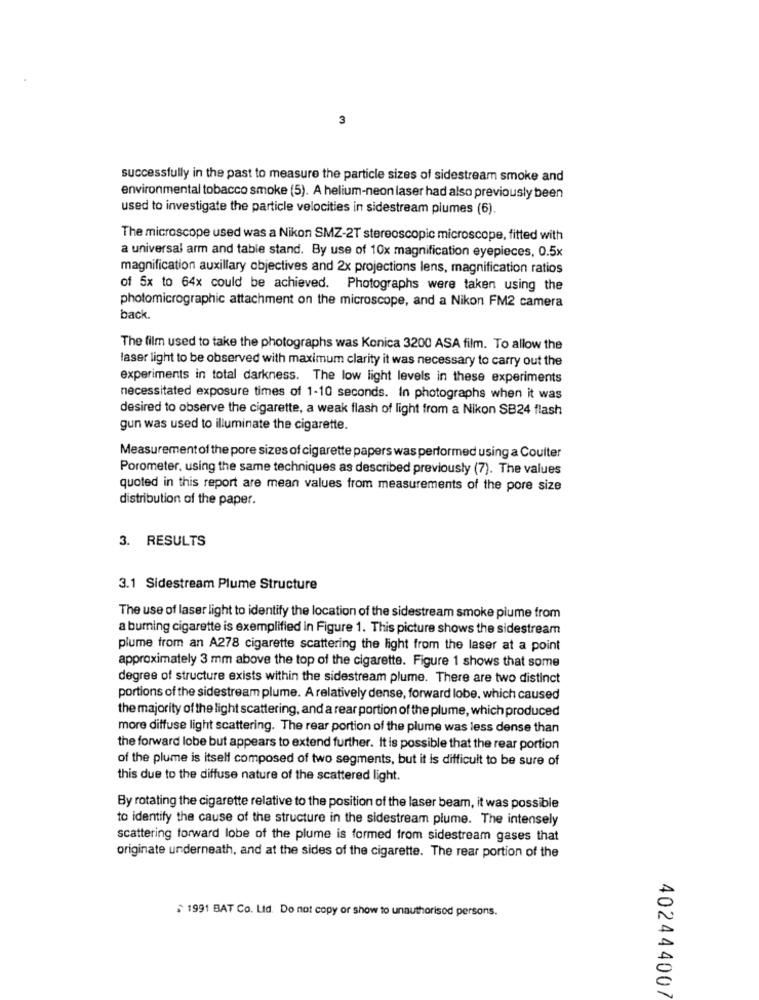
3
successfully in the past to measure the particle sizes of sidestream smoke and
environmental tobacco smoke (5). A helium-neon laser had also previously been
used to investigate the particle velocities in sidestream plumes (6).
The microscope used was a Nikon SMZ-2T stereoscopic microscope, fitted with
a universal arm and table stand. By use of 10x magnification eyepieces, 0.5x
magnification auxillary objectives and 2x projections lens, magnification ratios
of 5x to 64x could be achieved. Photographs were taken using the
photomicrographic attachment on the microscope, and a Nikon FM2 camera
back.
The film used to take the photographs was Konica 3200 ASA film. To allow the
laser light to be observed with maximum clarity it was necessary to carry out the
experiments in total darkness. The low light levels in these experiments
necessitated exposure times of 1-10 seconds. In photographs when it was
desired to observe the cigarette, a weak flash of light from a Nikon SB24 flash
gun was used to illuminate the cigarette.
Measurementof the pore sizes of cigarette papers was performed using a Coulter
Porometer, using the same techniques as described previously (7). The values
quoted in this report are mean values from measurements of the pore size
distribution of the paper.
3. RESULTS
3.1 Sidestream Plume Structure
The use of laser light to identify the location of the sidestream smoke plume from
a burning cigarette is exemplified in Figure 1. This picture shows the sidestream
plume from an A278 cigarette scattering the light from the laser at a point
approximately 3 mm above the top of the cigarette. Figure 1 shows that some
degree of structure exists within the sidestream plume. There are two distinct
portions of the sidestream plume. A relatively dense, forward lobe, which caused
the majority of the light scattering, and a rear portion of the plume, which produced
more diffuse light scattering. The rear portion of the plume was less dense than
the forward lobe but appears to extend further. It is possible that the rear portion
of the plume is itself composed of two segments, but it is difficult to be sure of
this due to the diffuse nature of the scattered light.
By rotating the cigarette relative to the position of the laser beam, it was possible
to identify the cause of the structure in the sidestream plume. The intensely
scattering forward lobe of the plume is formed from sidestream gases that
originate underneath, and at the sides of the cigarette. The rear portion of the
$1991 BAT Co. Ltd. Do not copy or show to unauthorisod persons.
402444007